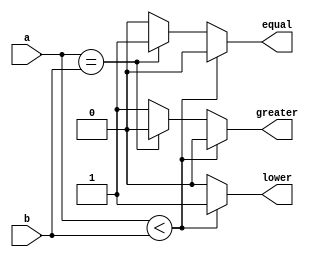
`timescale 1ns / 1ps
//////////////////////////////////////////////////////////////////////////////////
// Company: 
// Engineer: 
// 
// Design Name: 
// Module Name: 
// Project Name: 
// Target Devices: 
// Tool Versions: 
// Description: 
// 
// Dependencies: 
// 
// Revision:
// Revision 0.01 - File Created
// Additional Comments:
// 
//////////////////////////////////////////////////////////////////////////////////


module comparator (
    input wire [3:0] a,
    input wire [3:0] b,
    output reg equal,
    output reg lower,
    output reg greater
    );

    always @* begin
      if (a<b) begin
        equal = 0;
        lower = 1;
        greater = 0;
      end
      else if (a==b) begin
        equal = 1;
        lower = 0;
        greater = 0;
      end
      else begin
        equal = 0;
        lower = 0;
        greater = 1;
      end
    end
endmodule